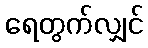
ရေတွက်လျှင်